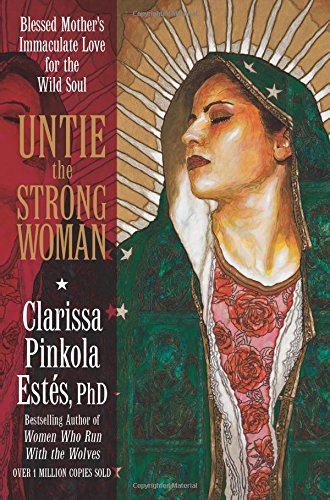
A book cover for Untie the Strong Woman: Blessed Mother's Immaculate Love for the Wild Soul; Clarissa Pinkola EstÃ©s; Christian Books & Bibles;